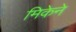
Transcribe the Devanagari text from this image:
मिकेने